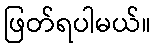
ဖြတ်ရပါမယ်။